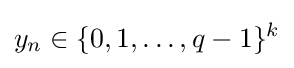
y_{n}\in \{0,1,\dots ,q-1\}^{k}